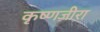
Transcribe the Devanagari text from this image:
कृष्णजीरा